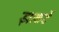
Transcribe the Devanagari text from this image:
झाकर्डे